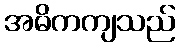
အဓိကကျသည်